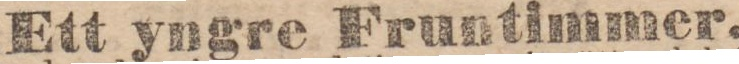
Ett yngre Fruntimmer,